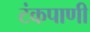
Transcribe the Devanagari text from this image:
टंकपाणी